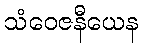
သံဝေဇနီယေန